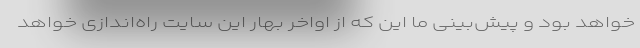
خواهد بود و پیش‌بینی ما این که از اواخر بهار این سایت راه‌اندازی خواهد